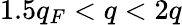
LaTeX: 1.5q_{F}<q<2q